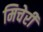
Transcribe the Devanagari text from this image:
मिचेरी